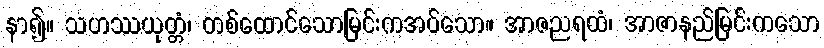
နာ၍။ သဟဿယုတ္တံ၊ တစ်ထောင်သောမြင်းကအပ်သော။ အာဇညရထံ၊ အာဇာနည်မြင်းကသော